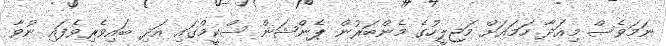
ނަމަވެސް މިއަދާ ހަމައަށް މަޖިލީހުގެ މެންބަރުން ޕެންޝަން ސްކީމްގައި އަދި ބައިވެރިވެފައި ނުވާ